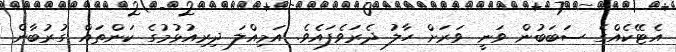
އެޓޭކެއްގެ ސަބަބުން ވަނީ ވަރަށް ހާލު ދެރަވެފައެވެ. އަމިއްލަ ދިރިއުޅުމުގެ ކަންތައް ގުރުބާން